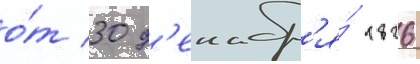
о́т 30 д'екабр'я́ 1826